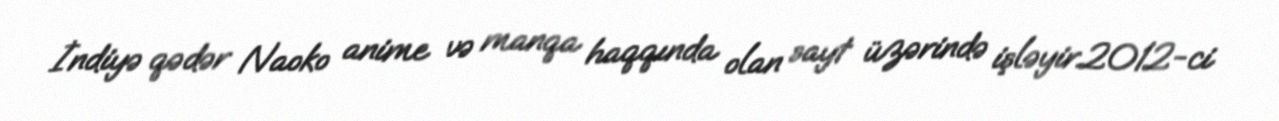
İndiyə qədər Naoko anime və manqa haqqında olan sayt üzərində işləyir.2012-ci